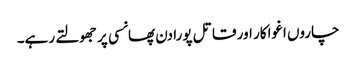
چاروں اغواکار اور قاتل پورا دن پھانسی پر جھولتے رہے۔